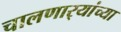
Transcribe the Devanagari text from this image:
चालणार्‍यांच्या